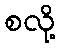
စလို့